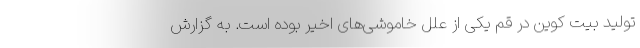
تولید بیت کوین در قم یکی از علل خاموشی‌های اخیر بوده است. به گزارش